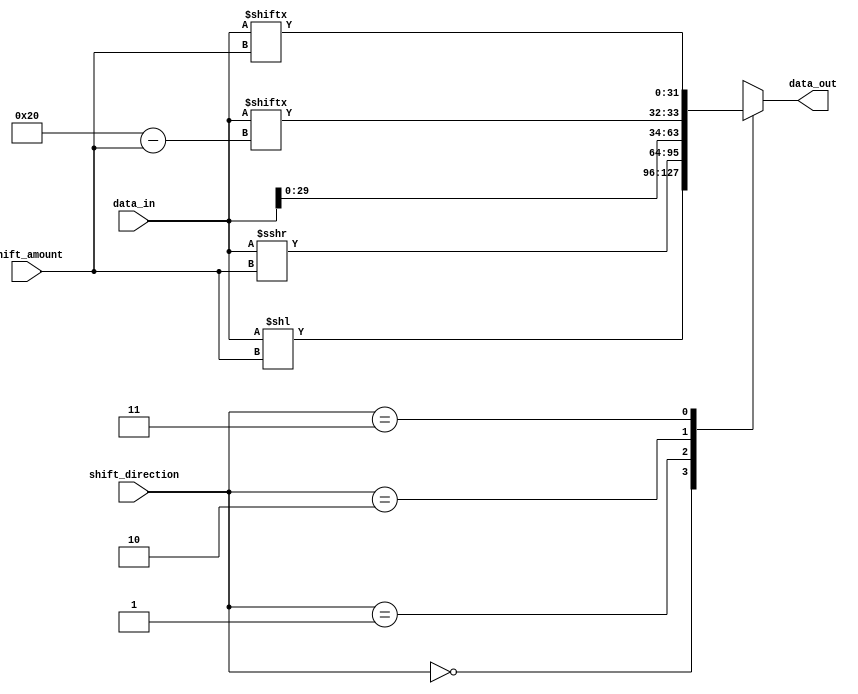
module barrel_shifter (
    input  signed [31:0] data_in,
    input  [4:0] shift_amount,
    input  [1:0] shift_direction,
    output signed [31:0] data_out
);

reg signed [31:0] shifted_data;

always @(*) begin
    case(shift_direction)
        2'b00: shifted_data = data_in << shift_amount; // Left shift
        2'b01: shifted_data = data_in >>> shift_amount; // Right shift with sign extension
        2'b10: shifted_data = {data_in[31-shift_amount:0], data_in[31:32-shift_amount]}; // Rotate left
        2'b11: shifted_data = {data_in[shift_amount-1:0], data_in[31:shift_amount]}; // Rotate right
    endcase
end

assign data_out = shifted_data;

endmodule